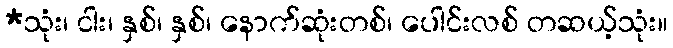
*သုံး၊ ငါး၊ နှစ်၊ နှစ်၊ နောက်ဆုံးတစ်၊ ပေါင်းလစ် တဆယ့်သုံး။